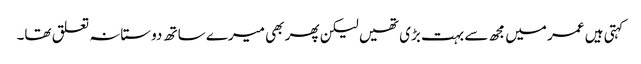
کہتی ہیں عمر میں مجھ سے بہت بڑی تھیں لیکن پھر بھی میرے ساتھ دوستانہ تعلق تھا۔